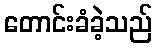
တောင်းခံခဲ့သည်